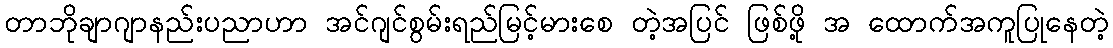
တာဘိုချာဂျာနည်းပညာဟာ အင်ဂျင်စွမ်းရည်မြင့်မားစေ တဲ့အပြင် ဖြစ်ဖို့ အ ထောက်အကူပြုနေတဲ့